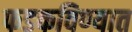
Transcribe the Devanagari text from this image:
फडकविण्यात